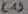
Text: C19